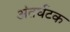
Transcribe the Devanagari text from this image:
अंतर्घटक